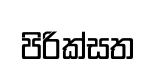
පිරික්සත